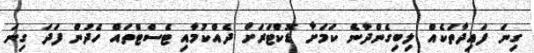
ގިނަ ފައިދާތަކެއް ލިބިގެންދާނެ ކަމަށާ ޑޮކްޓަރަށް ދެއްކުމާއި ޓެސްޓްތައް ހެދުން ފަދަ ގިނަ